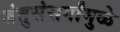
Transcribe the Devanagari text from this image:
जंतुसंसर्गांमुळे